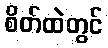
စိတ်ထဲတွင်